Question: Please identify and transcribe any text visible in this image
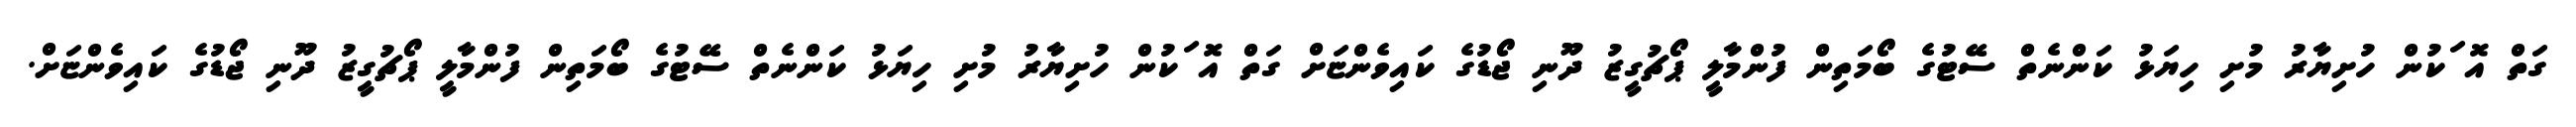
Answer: ގަތް އޮޱަކުން ހުށިޔާރު މުށި ހިޔަޅު ކަންނެތް ސޭޓުގެ ބޯމަތިން ފުންމާލީ ޕޯޗުގީޒު ދޫނި ޖޯޑުގެ ކައިވެންޏަށް ގަތް އޮޱަކުން ހުށިޔާރު މުށި ހިޔަޅު ކަންނެތް ސޭޓުގެ ބޯމަތިން ފުންމާލީ ޕޯޗުގީޒު ދޫނި ޖޯޑުގެ ކައިވެންޏަށް.